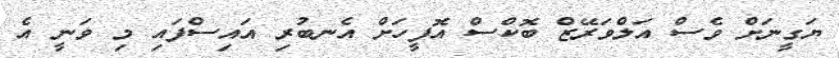
ޔަގީނަށް ވެސް އަލްވަރޭޒް ބޮކްސް އޮފީހަށް އެނބުރި އައިސްފައި މި ވަނީ އެ